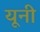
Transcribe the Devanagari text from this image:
यूनी